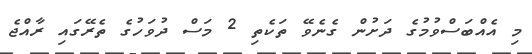
މި އެއްބަސްވުމުގެ ދަށުން ގެނެވޭ ތަކެތި 2 މަސް ދުވަހުގެ ތެރޭގައި ރާއްޖެ